Eesti_Teaduste_Akadeemia, lk 22
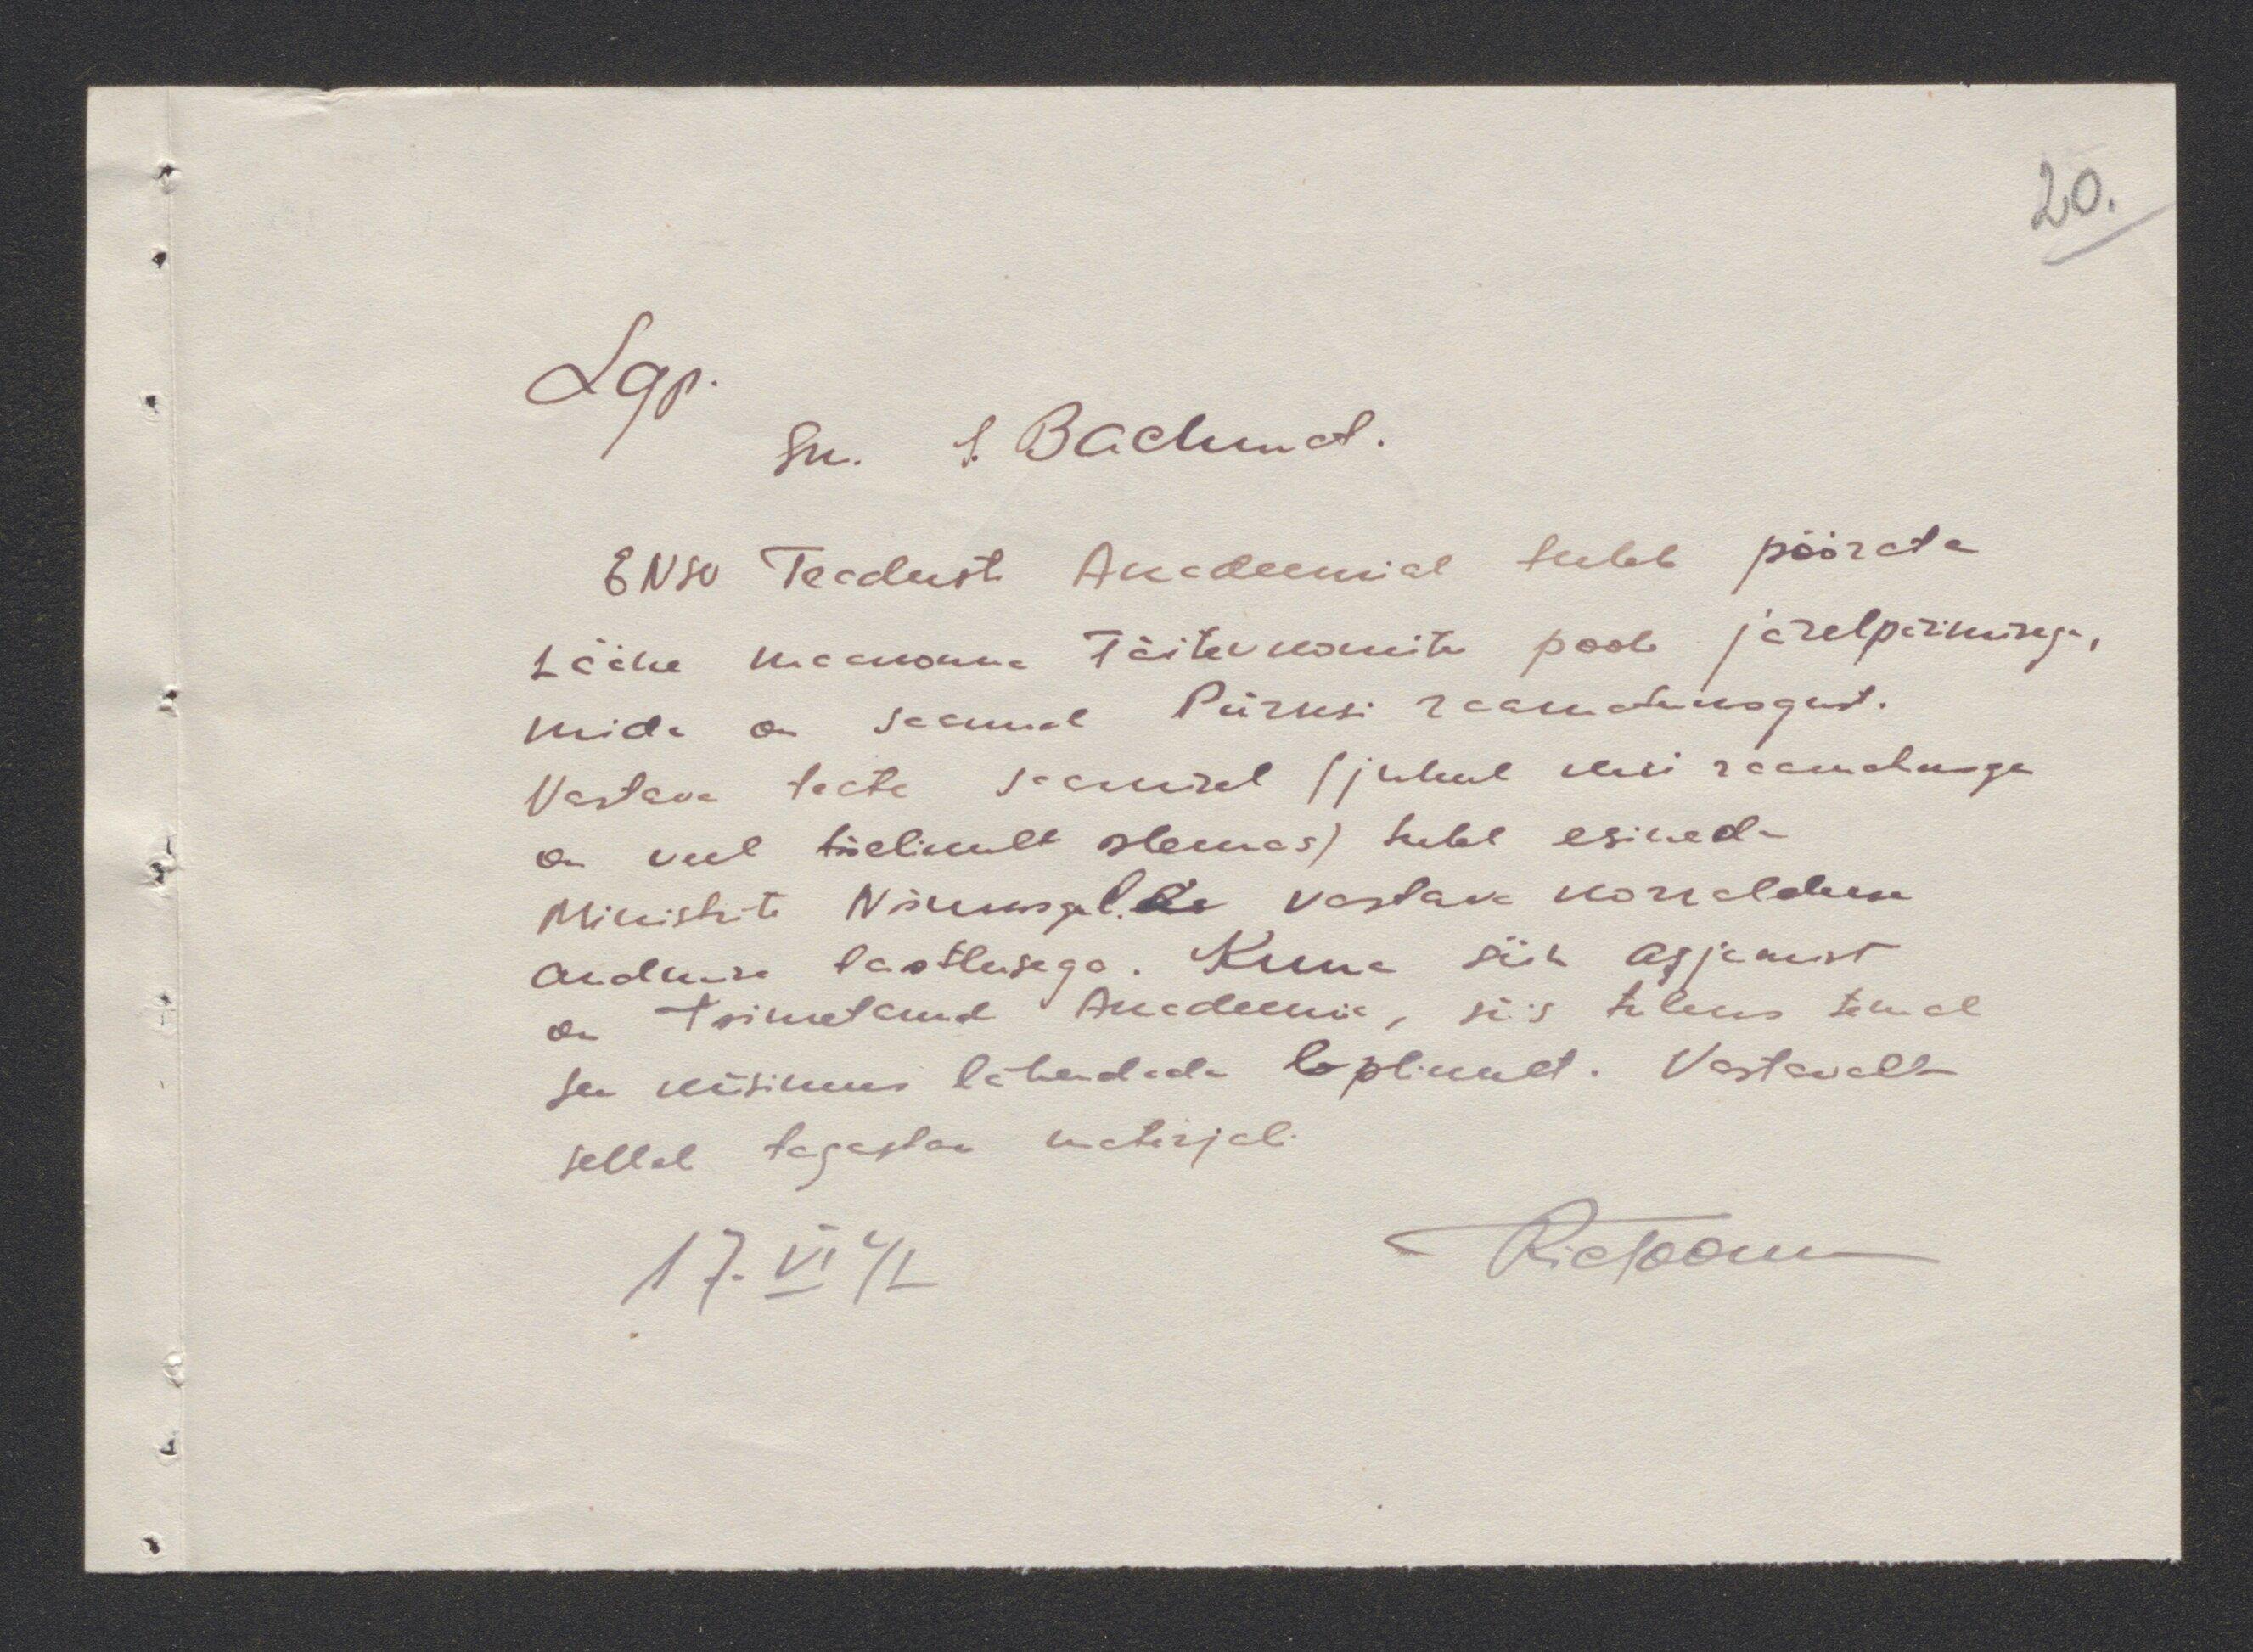
20.

Lgp.
sm. J. Bachmet.
ENSV Teaduste Akadeemial tuleb pöörata
Lääne maakonna Täitevkomite pool järelpärimisega,
mida on saanud Pürksi raamatukogust.
Vastava teate saamisel (juhul kui raamatuga
on veel täelikult olemas) tuleb esineda
Ministrite Nõukogulle vastava korralduse
andmise taotlusega. Kuna siin asjamist
on toimetanud Akadeemia, siis tuleks temal
see küsimus lahendada lõplikult. Vastavalt
sellel tagastan materjali
17. VI 42
RicToom